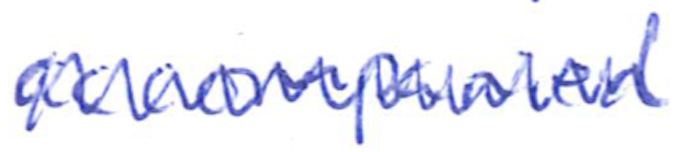
Text: accompanied
Cross-out: zig-zag
Writing tool: ballpoint